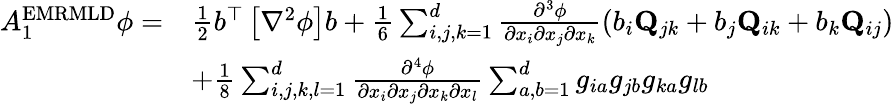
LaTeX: \begin{array}{rl}{A_{1}^{\mathrm{EMRMLD}}\phi=}&{\frac{1}{2}{b}^{\top}\left[\nabla^{2}\phi\right]{b}+\frac{1}{6}\sum_{i,j,k=1}^{d}\frac{\partial^{3}\phi}{\partial x_{i}\partial x_{j}\partial x_{k}}(b_{i}\mathbf{Q}_{jk}+b_{j}\mathbf{Q}_{ik}+b_{k}\mathbf{Q}_{ij})}\\ &{+\frac{1}{8}\sum_{i,j,k,l=1}^{d}\frac{\partial^{4}\phi}{\partial x_{i}\partial x_{j}\partial x_{k}\partial x_{l}}\sum_{a,b=1}^{d}g_{ia}g_{jb}g_{ka}g_{lb}}\end{array}